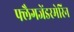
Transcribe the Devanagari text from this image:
फ्लैगजेंडरमेरिन